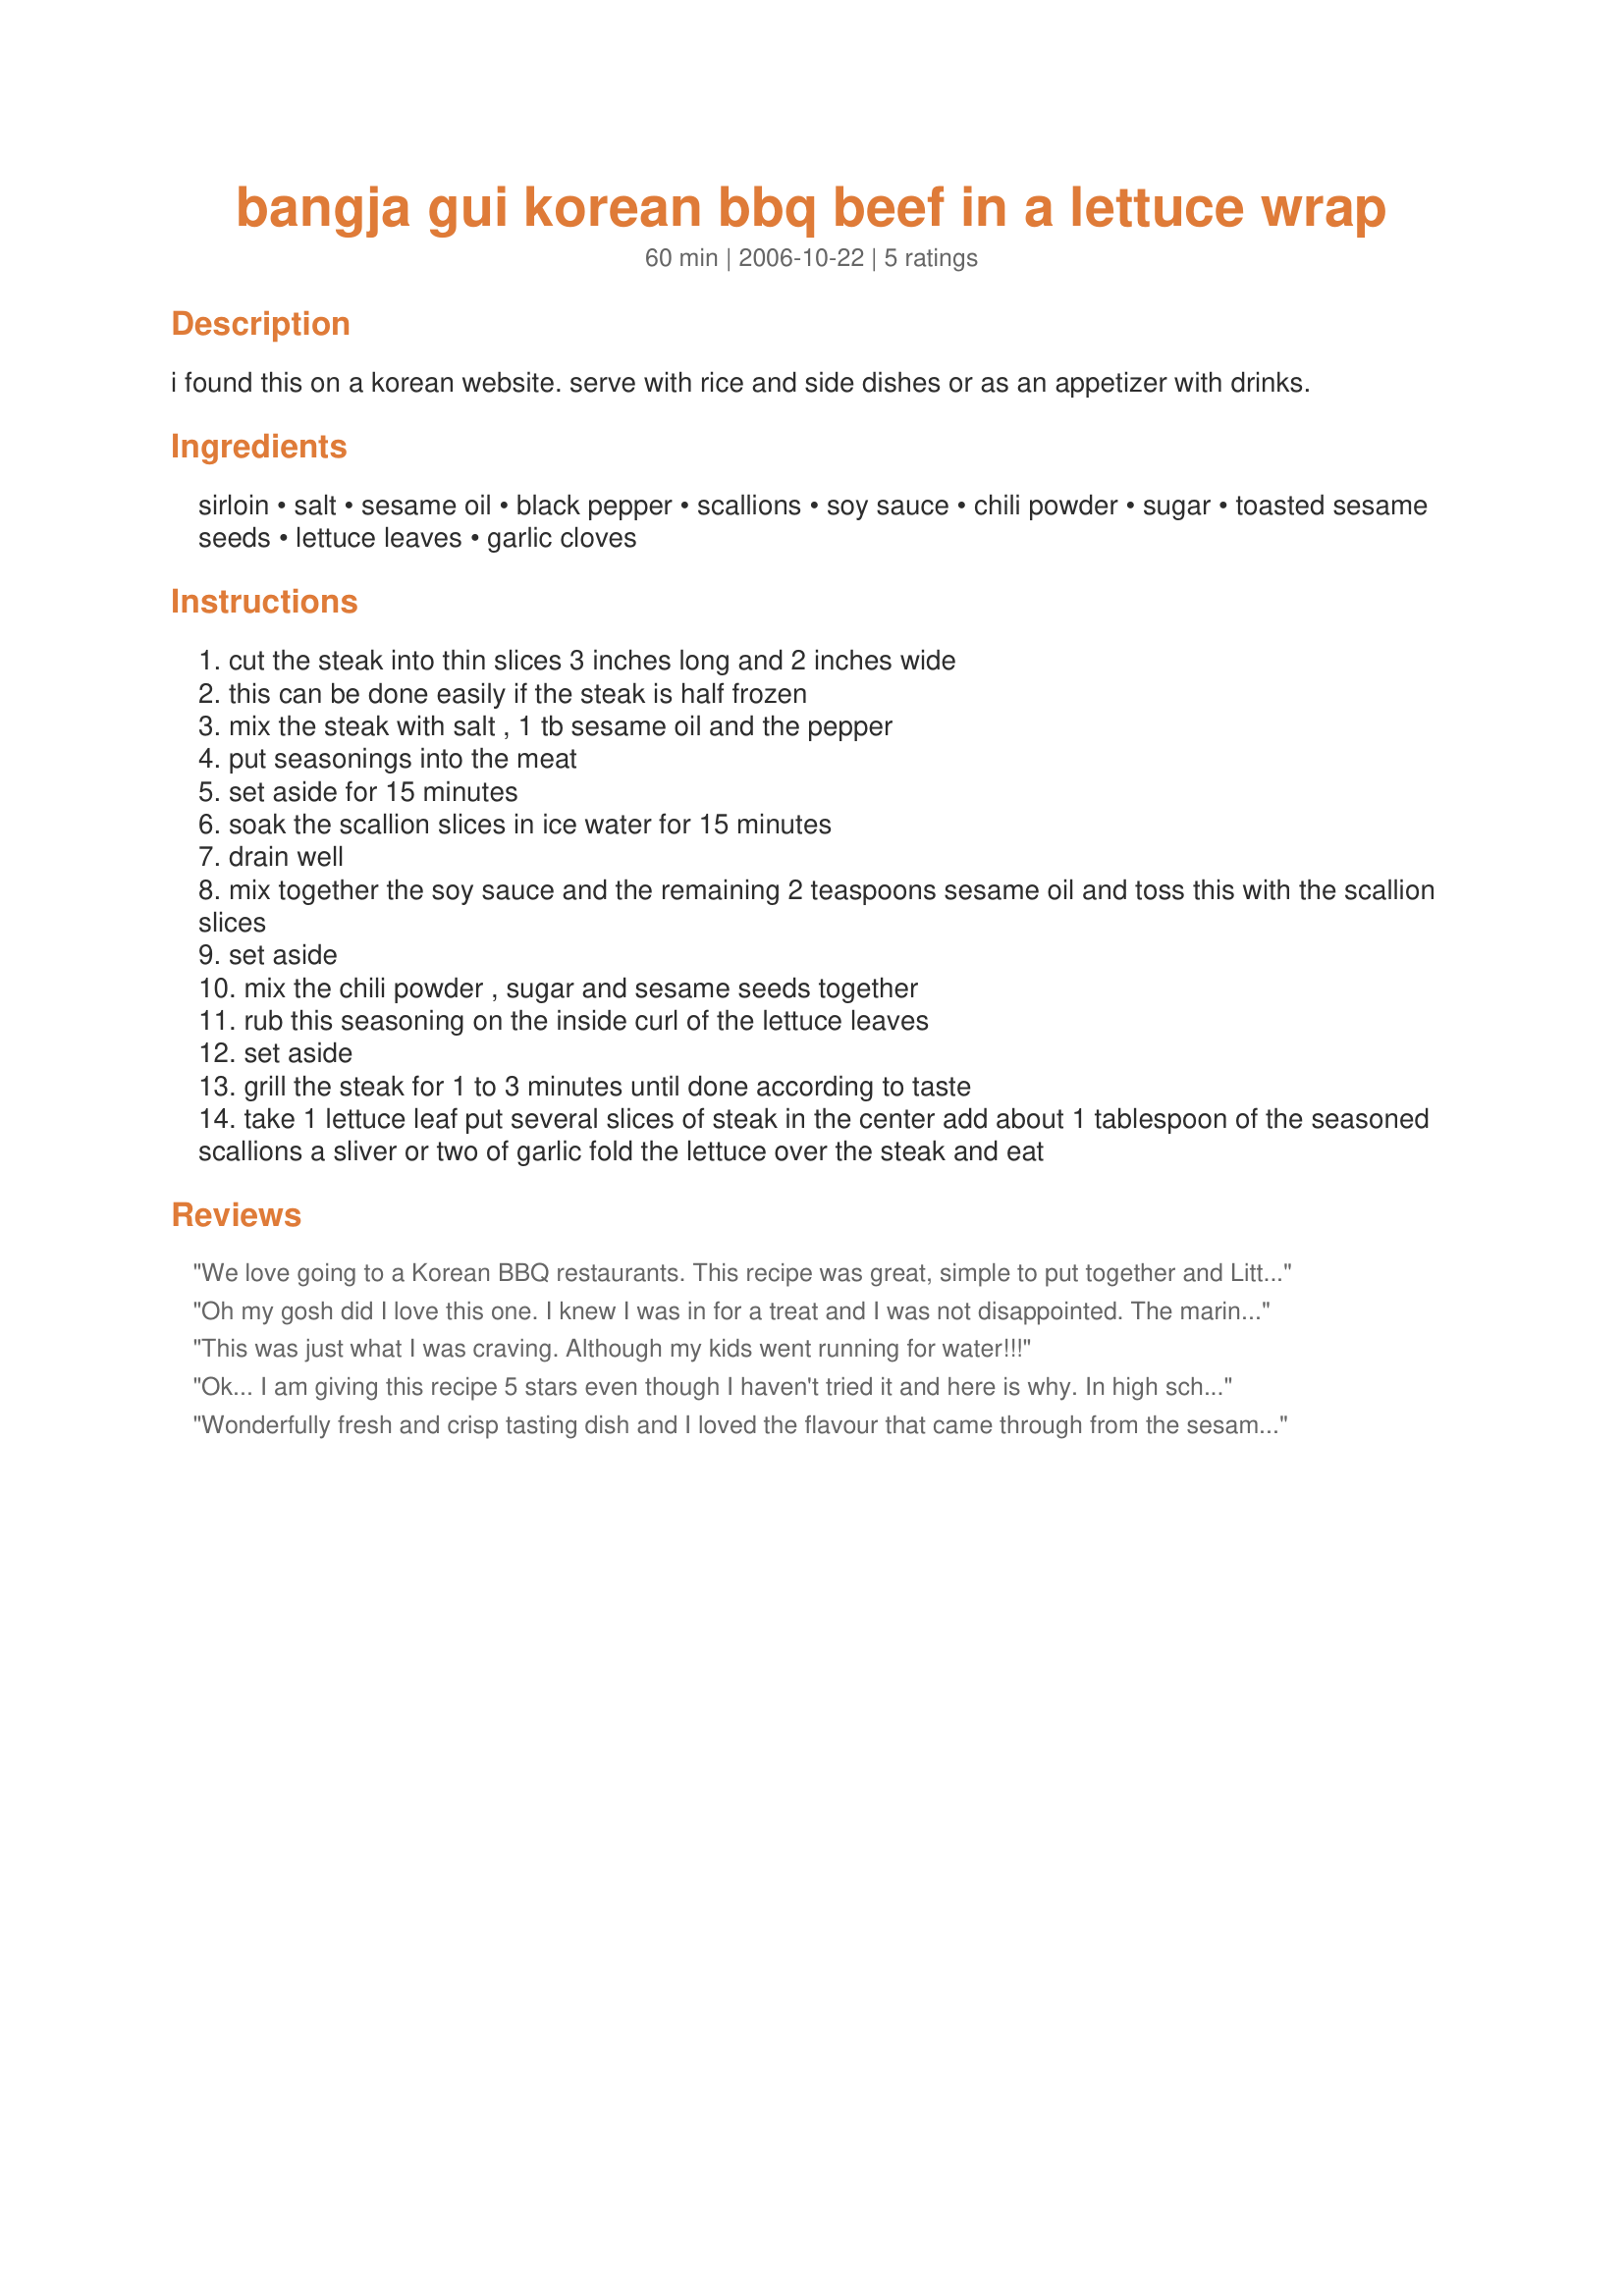
bangja gui korean bbq beef in a lettuce wrap
Preparation time: 60 minutes

i found this on a korean website. serve with rice and side dishes or as an appetizer with drinks.

Ingredients:
sirloin, salt, sesame oil, black pepper, scallions, soy sauce, chili powder, sugar, toasted sesame seeds, lettuce leaves, garlic cloves

Steps:
cut the steak into thin slices 3 inches long and 2 inches wide
this can be done easily if the steak is half frozen
mix the steak with salt , 1 tb sesame oil and the pepper
put seasonings into the meat
set aside for 15 minutes
soak the scallion slices in ice water for 15 minutes
drain well
mix together the soy sauce and the remaining 2 teaspoons sesame oil and toss this with the scallion slices
set aside
mix the chili powder , sugar and sesame seeds together
rub this seasoning on the inside curl of the lettuce leaves
set aside
grill the steak for 1 to 3 minutes until done according to taste
take 1 lettuce leaf put several slices of steak in the center add about 1 tablespoon of the seasoned scallions a sliver or two of garlic fold the lettuce over the steak and eat

Reviews:
We love going to a Korean BBQ restaurants. This recipe was great, simple to put together and Little Miss and Hubby (I don't eat read meat) said it tasted wonderful. I followed the recipe except I used chives instead of spring onions/green scallions, it was all I had a home and I wanted to use them before they expired. Hubby said all the elements to the dish went really well together (the lettuce rub, the soy/sesame scallions/chives and the beef). I double the recipe and served it as a main with rice, kimchi and cherry tomato salad. Thank you so much for a simple dish Elmotoo
Oh my gosh did I love this one. I knew I was in for a treat and I was not disappointed. The marinade is to die for. I'm a massive fan of san choy bow and thought this was an interesting play on the idea. But this beats it hands down. Thanks so much Elmotoo I can't wait to have ppl over and serve this to them.
This was just what I was craving. Although my kids went running for water!!!
Ok... I am giving this recipe 5 stars even though I haven't tried it and here is why. In high school I had a friend named Cory who's father was Korean, and would make this EXACT dish for us on nights we had study dates. It was the most delicious, out of control meal. I was over the moon to find this recipe, it will very soon become one of my regular staples... Thanks!
Wonderfully fresh and crisp tasting dish and I loved the flavour that came through from the sesame oil and seeds. The slight bite of the chili combined with the lettuce was great as well. I had a fresh red chili that needed using so used that finely diced instead of the powder which also added a little extra texture to the mix. Rather than slice the steak especially thinly I left it somewhat thick because I was serving as a main course so used less lettuce per serve but the same quantities of everything else.
